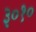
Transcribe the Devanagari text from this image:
३०१०